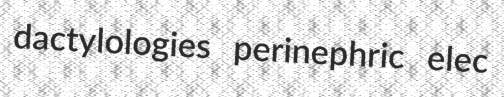
dactylologies perinephric elec